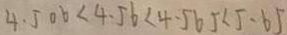
4 . 5 0 6 < 4 . 5 6 < 4 . 5 6 5 < 5 . 6 5